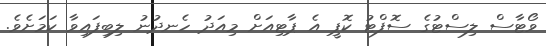
ވޯޓާސް ލިސްޓުގެ ސޮފްޓު ކޮޕީ އެ ޕާޓިއަށް މިއަދު ހެނދުނު ލިބިފައިވާ ކަމަށެވެ.